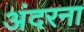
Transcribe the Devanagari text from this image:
अंदरना